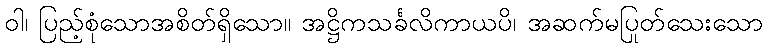
ဝါ၊ ပြည့်စုံသောအစိတ်ရှိသော။ အဋ္ဌိကသင်္ခလိကာယပိ၊ အဆက်မပြုတ်သေးသော